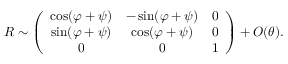
\begin{array} { r } { R \sim \left( \begin{array} { c c c } { \cos ( \varphi + \psi ) } & { - \sin ( \varphi + \psi ) } & { 0 } \\ { \sin ( \varphi + \psi ) } & { \cos ( \varphi + \psi ) } & { 0 } \\ { 0 } & { 0 } & { 1 } \end{array} \right) + O ( \theta ) . } \end{array}